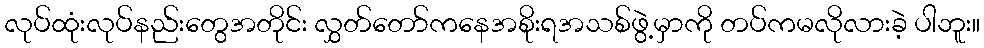
လုပ်ထုံးလုပ်နည်းတွေအတိုင်း လွှတ်တော်ကနေအစိုးရအသစ်ဖွဲ့မှာကို တပ်ကမလိုလားခဲ့ ပါဘူး။